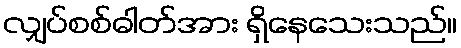
လျှပ်စစ်ဓါတ်အား ရှိနေသေးသည်။